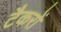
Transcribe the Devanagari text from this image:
टैकरों